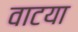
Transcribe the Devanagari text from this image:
वाटया